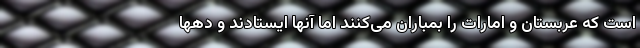
است که عربستان و امارات را بمباران می‌کنند اما آنها ایستادند و دهها